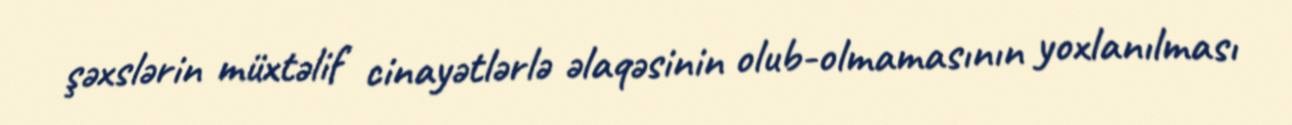
şəxslərin müxtəlif cinayətlərlə əlaqəsinin olub-olmamasının yoxlanılması